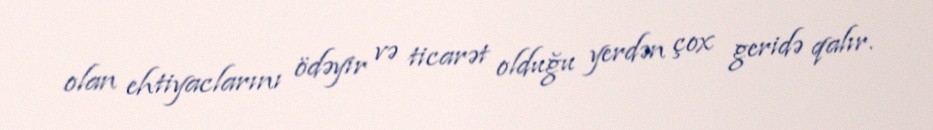
olan ehtiyaclarını ödəyir və ticarət olduğu yerdən çox geridə qalır.